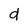
Character: d